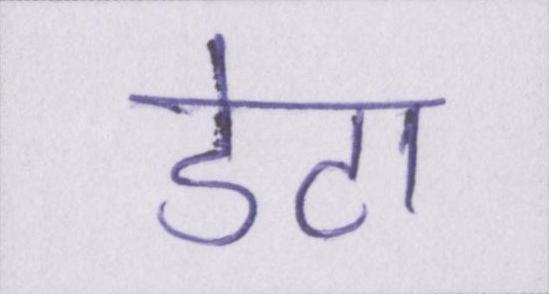
डेटा